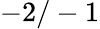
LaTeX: -2/-1